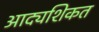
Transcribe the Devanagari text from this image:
आद्यशिकत